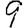
Digit: 9